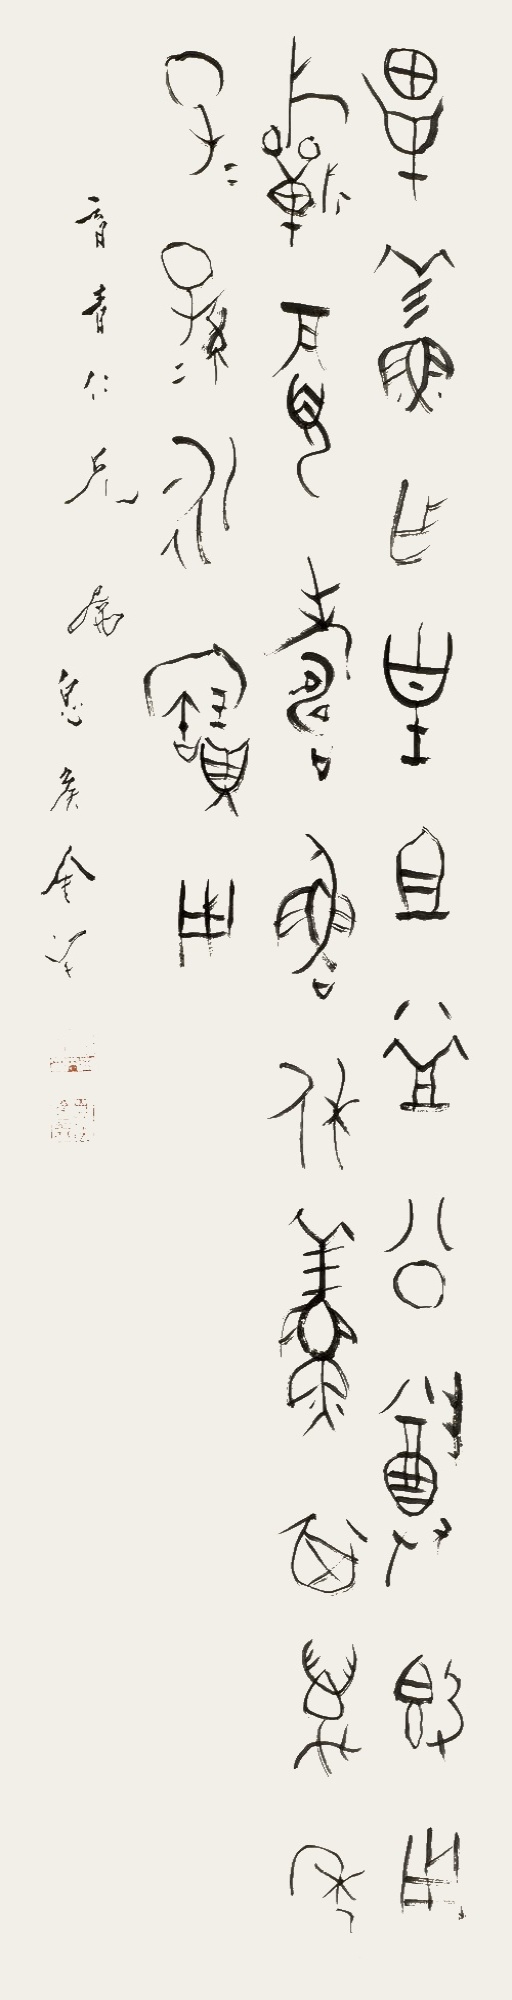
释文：毕鲜作皇祖益公尊簋，用祈眉寿鲁休，鲜其万年子子孙孙永宝用。育青仁兄属，息侯金梁。